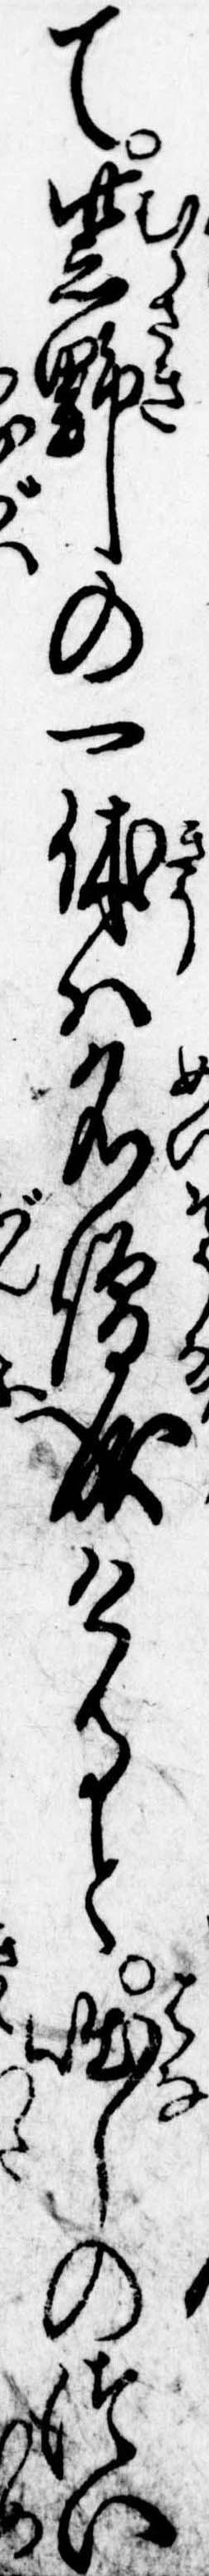
て紫野の一休は名僧成けると咄しのつい